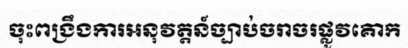
ចុះពង្រឹងការអនុវត្តន៍ច្បាប់ចរាចរផ្លូវគោក